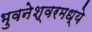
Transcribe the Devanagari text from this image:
भुवनेश्वरमध्ये